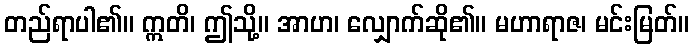
တည်ရာပါ၏။ ဣတိ၊ ဤသို့။ အာဟ၊ လျှောက်ဆို၏။ မဟာရာဇ၊ မင်းမြတ်။